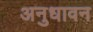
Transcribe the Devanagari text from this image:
अनुधावन